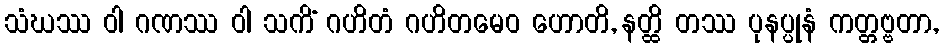
သံဃဿ ဝါ ဂဏဿ ဝါ သကိံ ဂဟိတံ ဂဟိတမေဝ ဟောတိ, နတ္ထိ တဿ ပုနပ္ပုနံ ကတ္တဗ္ဗတာ,